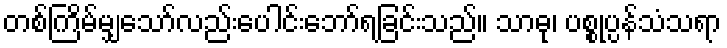
တစ်ကြိမ်မျှသော်လည်းပေါင်းဘော်ရခြင်းသည်။ သာဓု၊ ပစ္စုပ္ပန်သံသရာ